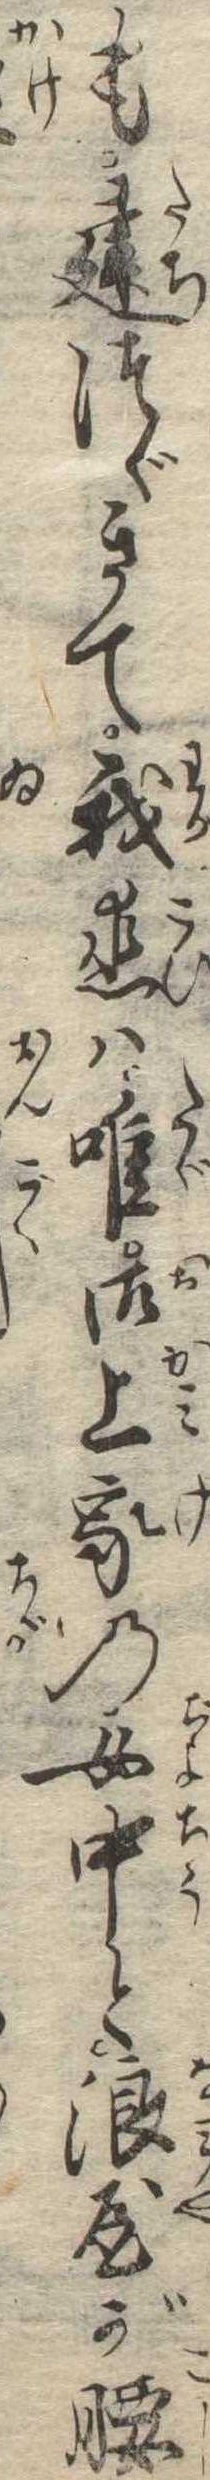
も建つゞきて我恋は唯御上家の女中と浪屋が腰